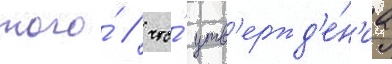
того́ / что́ утв'ержд'е́н'иа